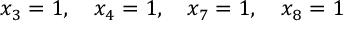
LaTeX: x _ { 3 } = 1 , \quad x _ { 4 } = 1 , \quad x _ { 7 } = 1 , \quad x _ { 8 } = 1